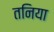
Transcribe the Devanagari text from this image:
तनिया